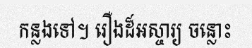
កន្លងទៅ។ រឿងដ៏អស្ចារ្យ ចន្លោះ